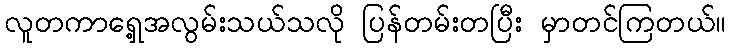
လူတကာရှေ့အလွမ်းသယ်သလို ပြန်တမ်းတပြီး မှာတင်ကြတယ်။